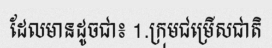
ដែលមានដូចជា៖ 1.ក្រុមជម្រើសជាតិ